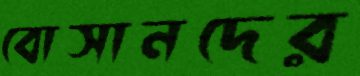
বোসানদের